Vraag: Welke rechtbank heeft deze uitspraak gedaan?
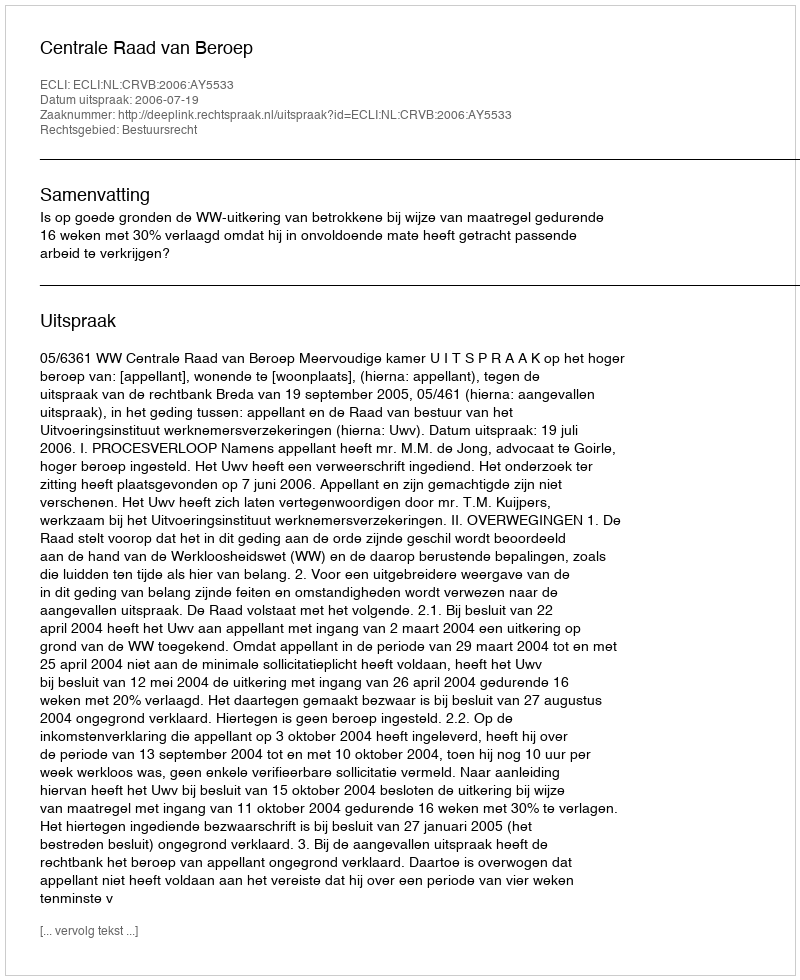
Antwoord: Centrale Raad van Beroep